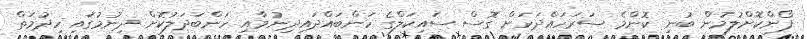
ފޯންކޮށްލުމުން ބުނި ކޮންމެ ސަރަހައްދަކަށް ގޮސް ސައިކަލްގެ ހަންބައްދައިދިނުމާއި ހަންބަދަލުކޮށް ދިނުމުގައި ހިދުމަތް